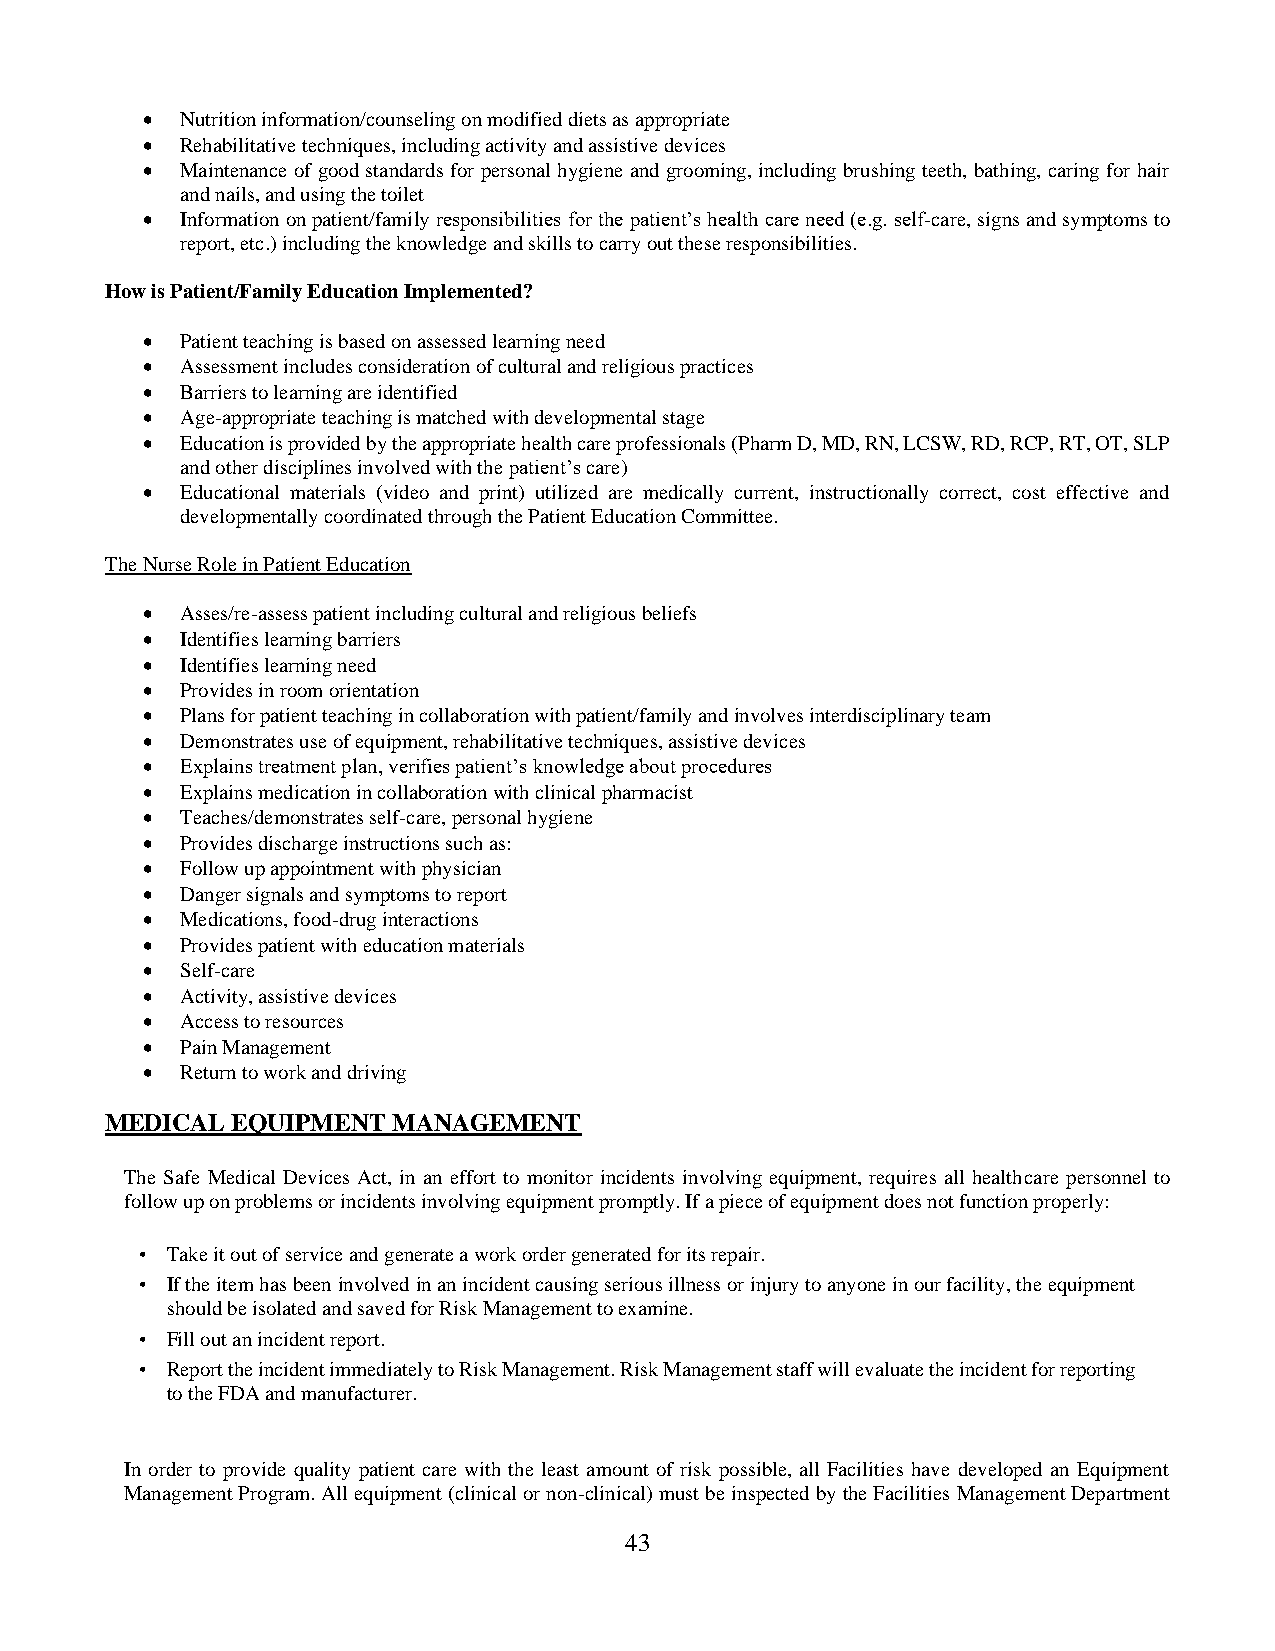
•  Nutrition information/counseling on modified diets as appropriate
 •  Rehabilitative techniques, including activity and assistive devices
 •  Maintenance of good standards for personal hygiene and grooming, including brushing teeth, bathing, caring for hair
 and nails, and using the toilet
 •  Information on patient/family responsibilities for the patient’s health care need (e.g. self-care, signs and symptoms to
 report, etc.) including the knowledge and skills to carry out these responsibilities.
 How is Patient/Family Education Implemented?
 •  Patient teaching is based on assessed learning need
 •  Assessment includes consideration of cultural and religious practices
 •  Barriers to learning are identified
 •  Age-appropriate teaching is matched with developmental stage
 •  Education is provided by the appropriate health care professionals (Pharm D, MD, RN, LCSW, RD, RCP, RT, OT, SLP
 and other disciplines involved with the patient’s care)
 •  Educational materials (video and print) utilized are medically current, instructionally correct, cost effective and
 developmentally coordinated through the Patient Education Committee.
 The Nurse Role in Patient Education
 •  Asses/re-assess patient including cultural and religious beliefs
 •  Identifies learning barriers
 •  Identifies learning need
 •  Provides in room orientation
 •  Plans for patient teaching in collaboration with patient/family and involves interdisciplinary team
 •  Demonstrates use of equipment, rehabilitative techniques, assistive devices
 •  Explains treatment plan, verifies patient’s knowledge about procedures
 •  Explains medication in collaboration with clinical pharmacist
 •  Teaches/demonstrates self-care, personal hygiene
 •  Provides discharge instructions such as:
 •  Follow up appointment with physician
 •  Danger signals and symptoms to report
 •  Medications, food-drug interactions
 •  Provides patient with education materials
 •  Self-care
 •  Activity, assistive devices
 •  Access to resources
 •  Pain Management
 •  Return to work and driving
 MEDICAL EQUIPMENT  MANAGEMENT
 The Safe Medical Devices Act, in an effort to monitor incidents involving equipment, requires all healthcare personnel to
 follow up on problems or incidents involving equipment promptly. If a piece of equipment does not function properly:
 • Take it out of service and generate a work order generated for its repair.
 • If the item has been involved in an incident causing serious illness or injury to anyone in our facility, the equipment
 should be isolated and saved for Risk Management to examine.
 • Fill out an incident report.
 • Report the incident immediately to Risk Management. Risk Management staff will evaluate the incident for reporting
 to the FDA and manufacturer.
 In order to provide quality patient care with the least amount of risk possible, all Facilities have developed an Equipment
 Management Program. All equipment (clinical or non-clinical) must be inspected by the Facilities Management Department
 43